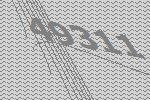
49311